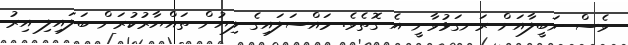
ވެސް ނަބީލާއަށް ރަނގަޅުވާނީ އެ ގޮތެވެ. މައްސަލައިގެ ލިޔުން ތައްޔާރުކުރަން ބަލައިލި އިރު